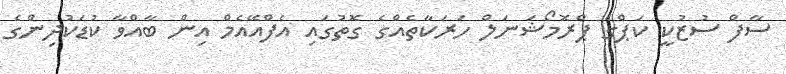
ސާފް ސުޒުކީ ކަޕްގެ ޕްރޮމޯޝަނަލް ހަރަކާތެއްގެ ގޮތުގައި އެފްއޭއެމް އިން ބާއްވާ ކުޑަކުދިންގެ